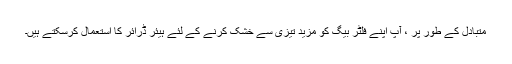
متبادل کے طور پر ، آپ اپنے فلٹر بیگ کو مزید تیزی سے خشک کرنے کے لئے ہیئر ڈرائر کا استعمال کرسکتے ہیں۔